Report on the bubonic plague in Bombay, 1896-1897
Year: 1896
Disease focus: Plague
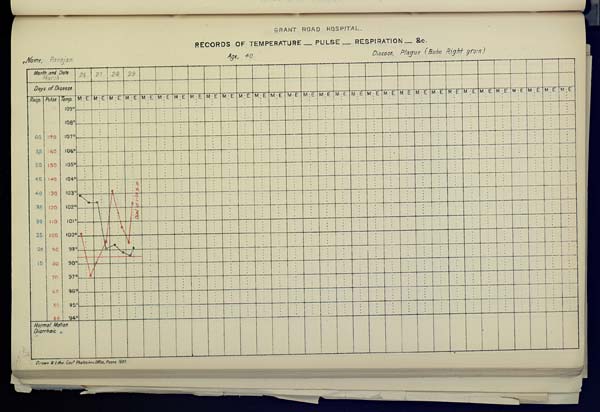
GRANT ROAD HOSPITAL
RECORDS OF TEMPERATURE __ PULSE __ RESPIRATION __ &c.
Name,
Ranejan
Age,
40
Disease,
Plague
(Bubo
Right
groin)
Drawn & Litho Govt. Photozinco, Office, Poona 1897.